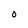
Character: O